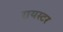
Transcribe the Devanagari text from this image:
रायस्टर